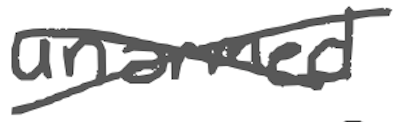
Text: unarmed
Cross-out: cross
Writing tool: digital_gray